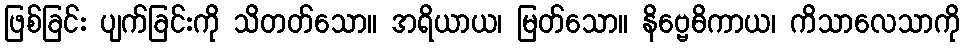
ဖြစ်ခြင်း ပျက်ခြင်းကို သိတတ်သော။ အရိယာယ၊ မြတ်သော။ နိဗ္ဗေဓိကာယ၊ ကိသာလေသာကို